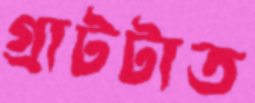
গ্রাটটাত